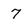
Character: 7